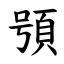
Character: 䪽